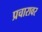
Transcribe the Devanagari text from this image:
प्रचारावर